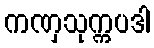
ကဏှသုက္ကပဒါ